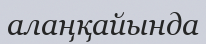
алаңқайында